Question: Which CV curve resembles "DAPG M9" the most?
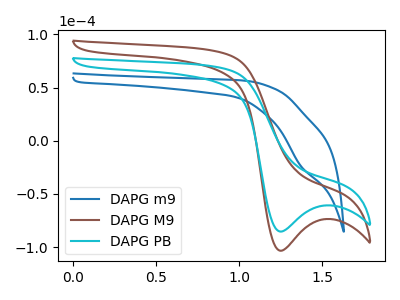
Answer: <think>The blue curve "DAPG m9" has a cathodic peak at: (1.35V, -23.85uA). The brown curve "DAPG M9" has a cathodic peak at: (1.25V, -103.40uA). The cyan curve "DAPG PB" has a cathodic peak at: (1.25V, -85.40uA).
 "DAPG m9" and "DAPG M9" have at least one peak that do not match. "DAPG m9" and "DAPG PB" have at least one peak that do not match. All the peaks in "DAPG M9" have a peak in "DAPG PB" at the same potential. Every peak in "DAPG M9" is higher than every peak in "DAPG PB".</think>
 <answer>The CV with the most similar shape to "DAPG PB" is "DAPG M9".</answer>
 <eval>"DAPG M9"</eval>